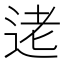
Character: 𫐥